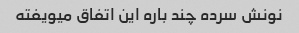
نونش سرده چند باره این اتفاق میویفته